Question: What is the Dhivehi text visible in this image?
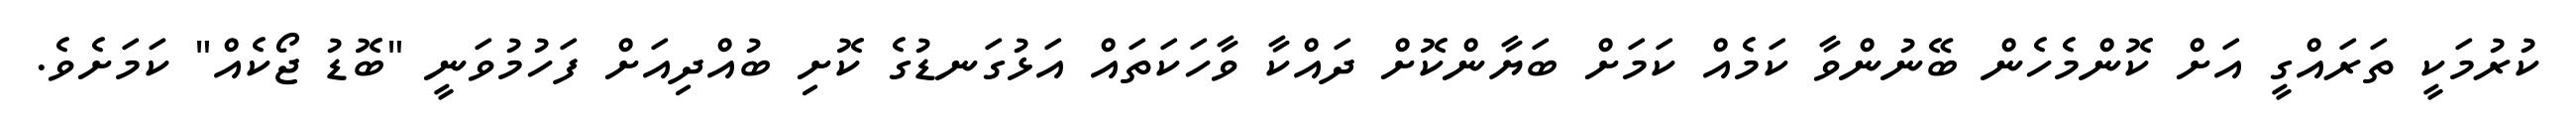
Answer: ކުރުމަކީ ތަރައްގީ އަށް ކޮންމެހެން ބޭނުންވާ ކަމެއް ކަމަށް ބަޔާންކޮށް ދައްކާ ވާހަކަތައް އަޅުގަނޑުގެ ކޮށި ބުއްދިއަށް ފަހުމުވަނީ "ބޮޑު ޖޯކެއް" ކަމަށެވެ.